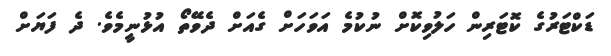
ޑަކްޓަރުގެ ކޮޓަރިން ހަލުވިކޮށް ނުކުމެ އަވަހަށް ގެއަށް ދެވޭތޯ އުޅުނީމެވެ. ދެ ފަޔަށް